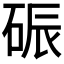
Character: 𪿟